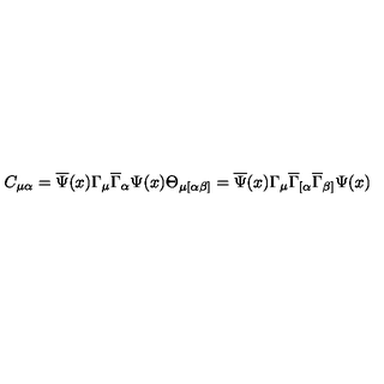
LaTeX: C _ { \mu \alpha } = \overline { { \Psi } } ( x ) \Gamma _ { \mu } \overline { { \Gamma } } _ { \alpha } \Psi ( x ) \Theta _ { \mu [ \alpha \beta ] } = \overline { { \Psi } } ( x ) \Gamma _ { \mu } \overline { { \Gamma } } _ { [ \alpha } \overline { { \Gamma } } _ { \beta ] } \Psi ( x )